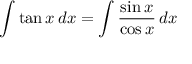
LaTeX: \int \tan x \, d x = \int { \frac { \sin x } { \cos x } } \, d x